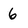
Character: 6